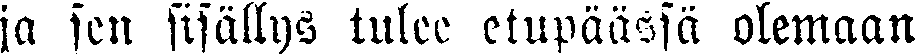
ja sen sisällys tulee etupäässä olemaan